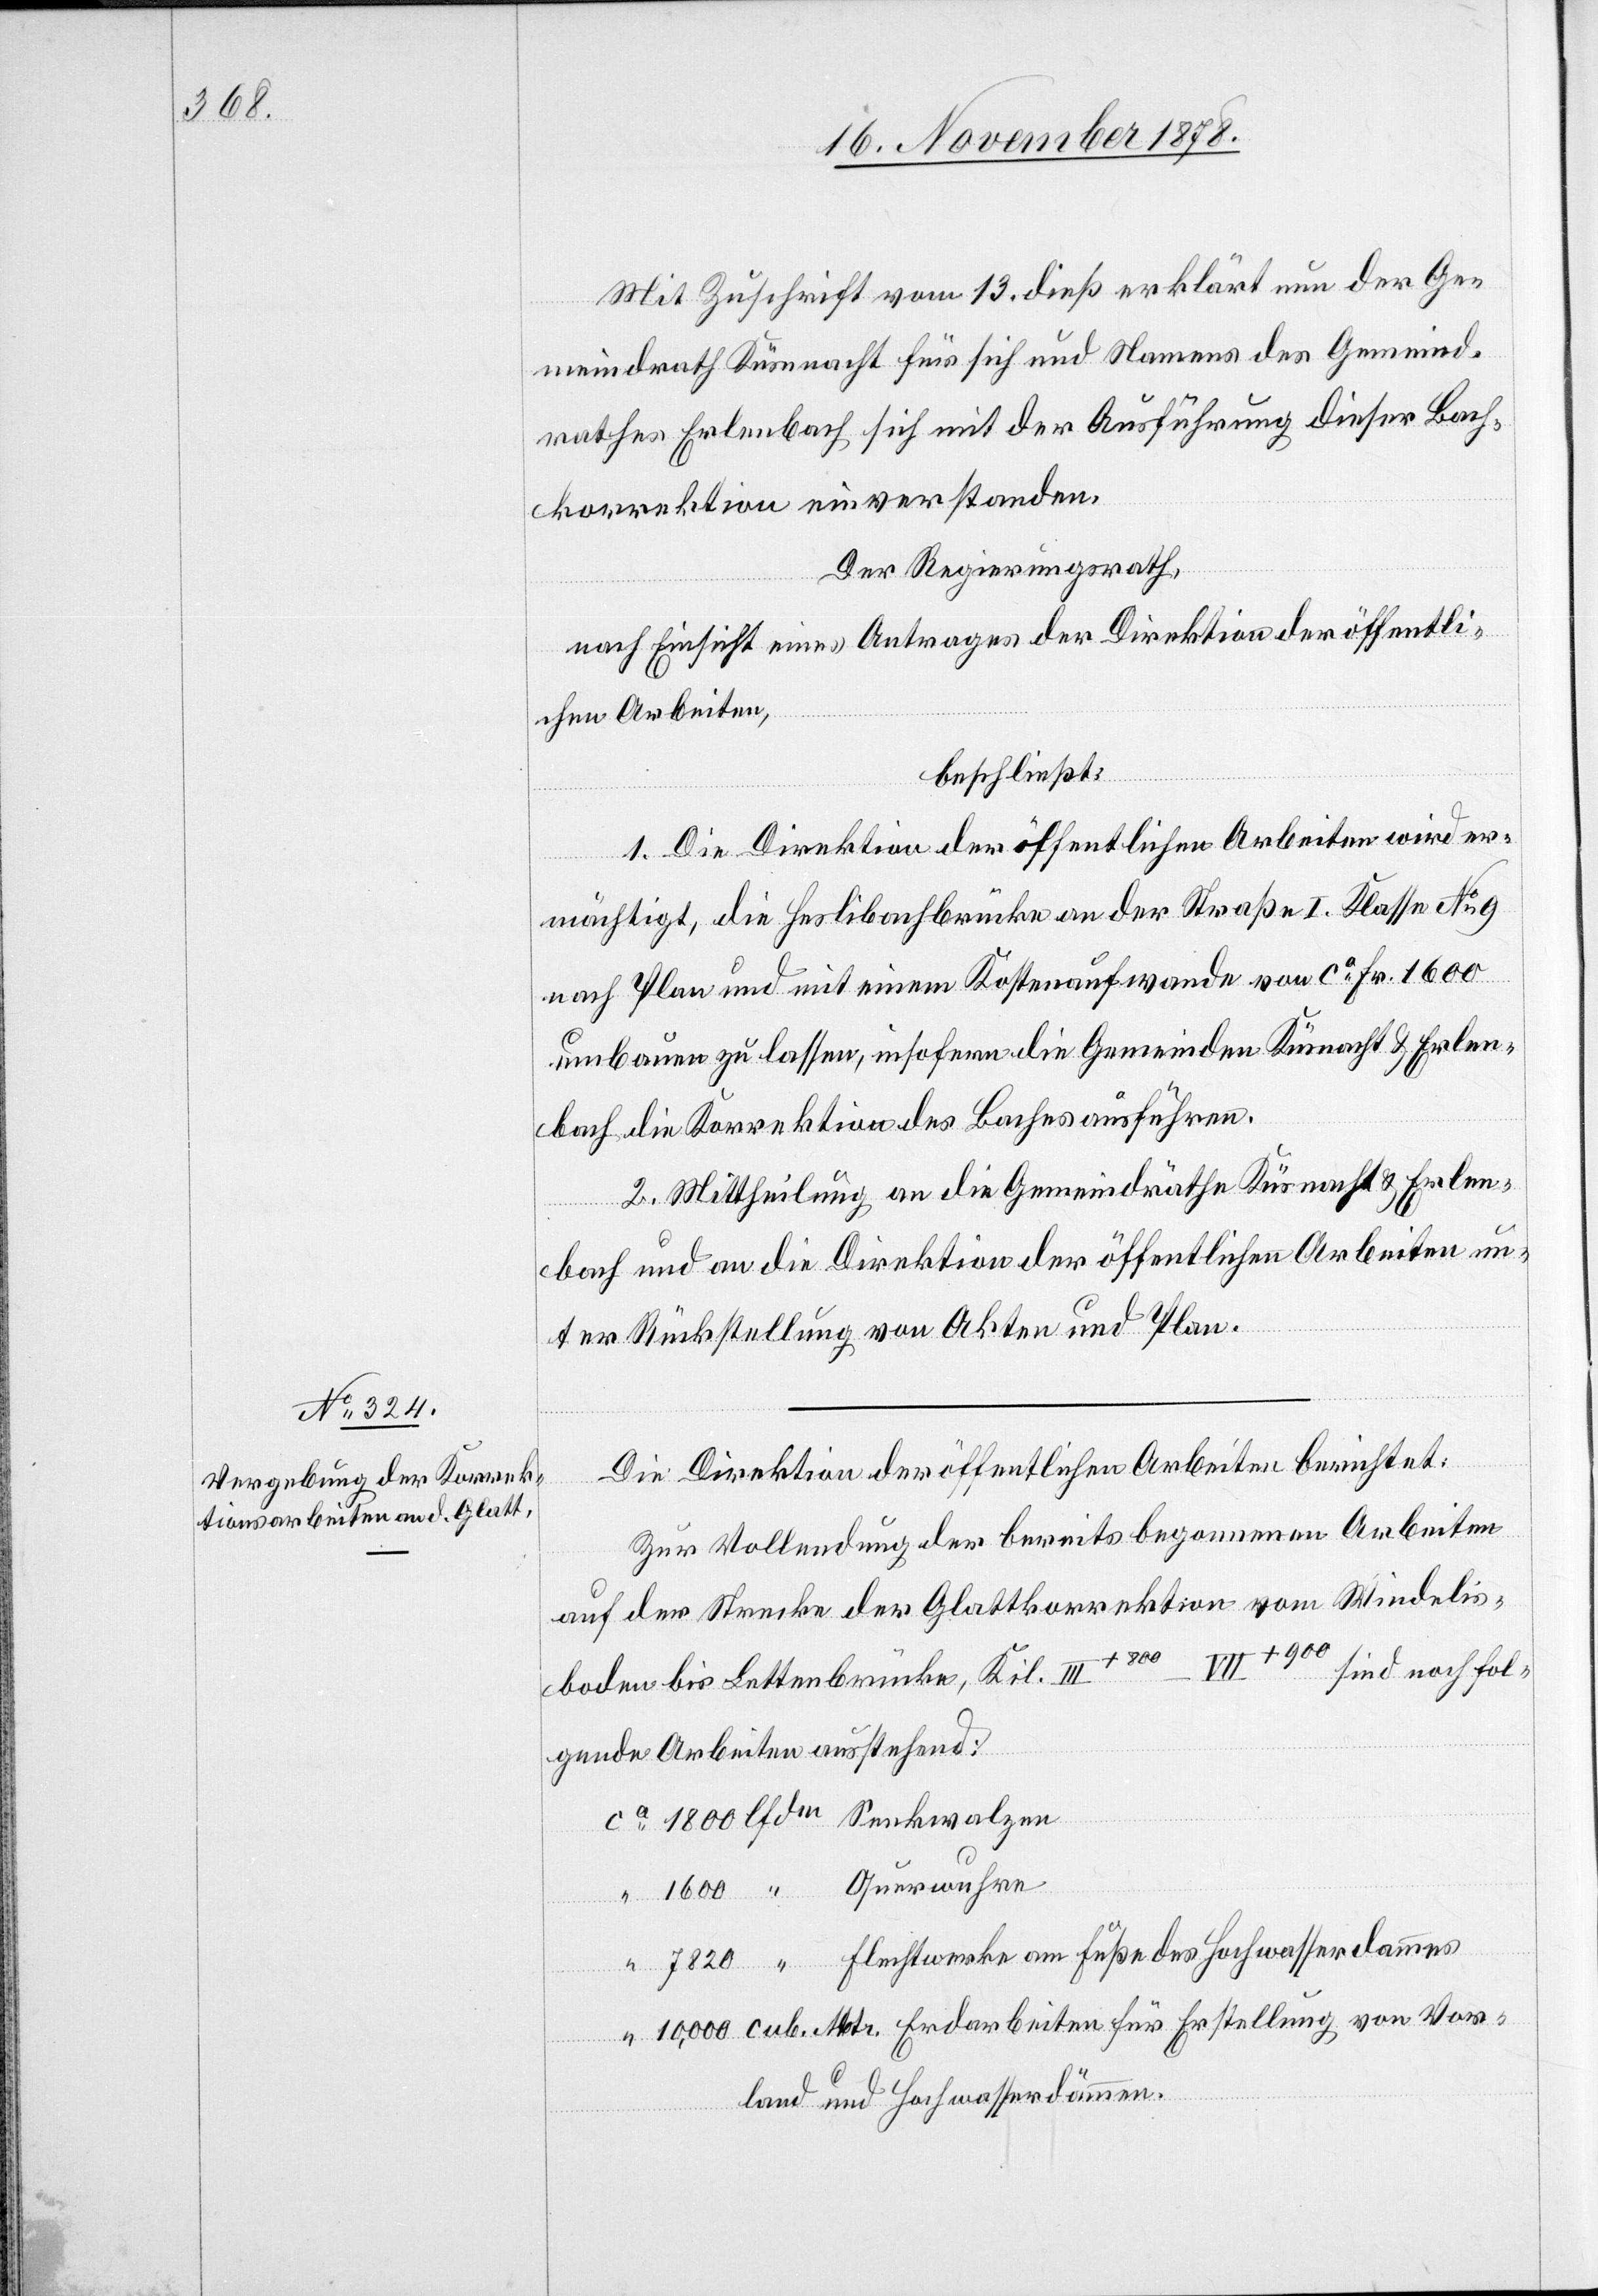
Mit Zuschrift vom 13. dieß erklärt nun der Ge¬
meindrath Küsnacht für sich und Namens des Gemeind¬
rathes Erlenbach sich mit der Ausführung dieser Bach¬
korrektion einverstanden.
Der Regierungsrath,
nach Einsicht eines Antrages der Direktion der öffentli¬
chen Arbeiten,
beschließt:
1. Die Direktion der öffentlichen Arbeiten wird er¬
mächtigt, die Heslibachbrücke an der Straße I. Klasse No 9
nach Plan und mit einem Kostenaufwande von ca Fr. 1600
umbauen zu lassen, insofern die Gemeinden Küsnacht & Erlen¬
bach die Korrektion des Baches ausführen.
2. Mittheilung an die Gemeindräthe Küsnacht & Erlen¬
bach und an die Direktion der öffentlichen Arbeiten un¬
ter Rückstellung von Akten und Plan.
Die Direktion der öffentlichen Arbeiten berichtet:
Zur Vollendung der bereits begonnenen Arbeiten
auf der Strecke der Glattkorrektion vom Windelis¬
boden bis Lettenbrücke, Kil. III+800 – VII+900 sind noch fol¬
gende Arbeiten ausstehend:
ca 1800 lfdm Senkwalze
1600 “ Querwuhre
“ 7820 “ Flechtwerke am Fuße des Hochwasserdammes
“10,000 cub. Mtr. Erdarbeiten für Erstellung von Vor¬
land und Hochwasserdämmen.